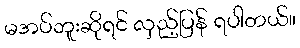
မအပ်ဘူးဆိုရင် လှည့်ပြန် ရပါတယ်။